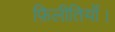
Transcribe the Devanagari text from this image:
फ़िलीतियों।